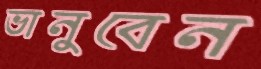
ভানুবেন